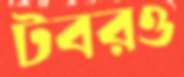
টবরও